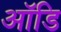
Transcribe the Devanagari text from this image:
ऑडि